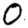
Digit: 0